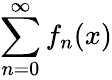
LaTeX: \sum\limits_{n=0}^{\infty}f_{n}(x)